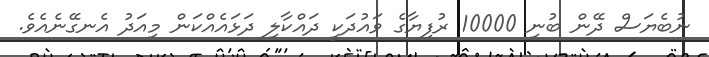
ނުބެޔަސް ދޭން ބުނި 10000 ރުފިޔާގެ ވައުދަކީ ދައްކާލި ދަޅައެއްކަން މިއަދު އެނގޭނެއެވެ.